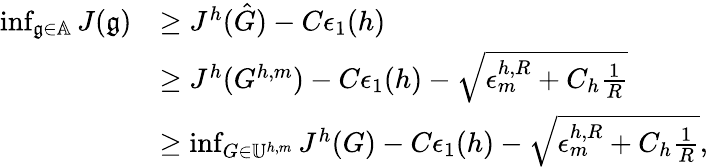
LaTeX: \begin{array}{rl}{\operatorname*{inf}_{\mathfrak{g}\in\mathbb{A}}J(\mathfrak{g})}&{\geq J^{h}(\hat{G})-C\epsilon_{1}(h)}\\ &{\geq J^{h}(G^{h,m})-C\epsilon_{1}(h)-\sqrt{\epsilon_{m}^{h,R}+C_{h}\frac{1}{R}}}\\ &{\geq\operatorname*{inf}_{G\in\mathbb{U}^{h,m}}J^{h}(G)-C\epsilon_{1}(h)-\sqrt{\epsilon_{m}^{h,R}+C_{h}\frac{1}{R}},}\end{array}